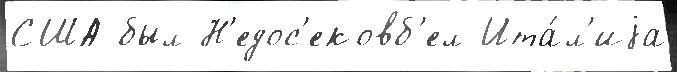
США был Н'едос'ековб'ел Ита́л'иjа